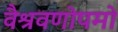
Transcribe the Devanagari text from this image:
वैश्रवणोपमो